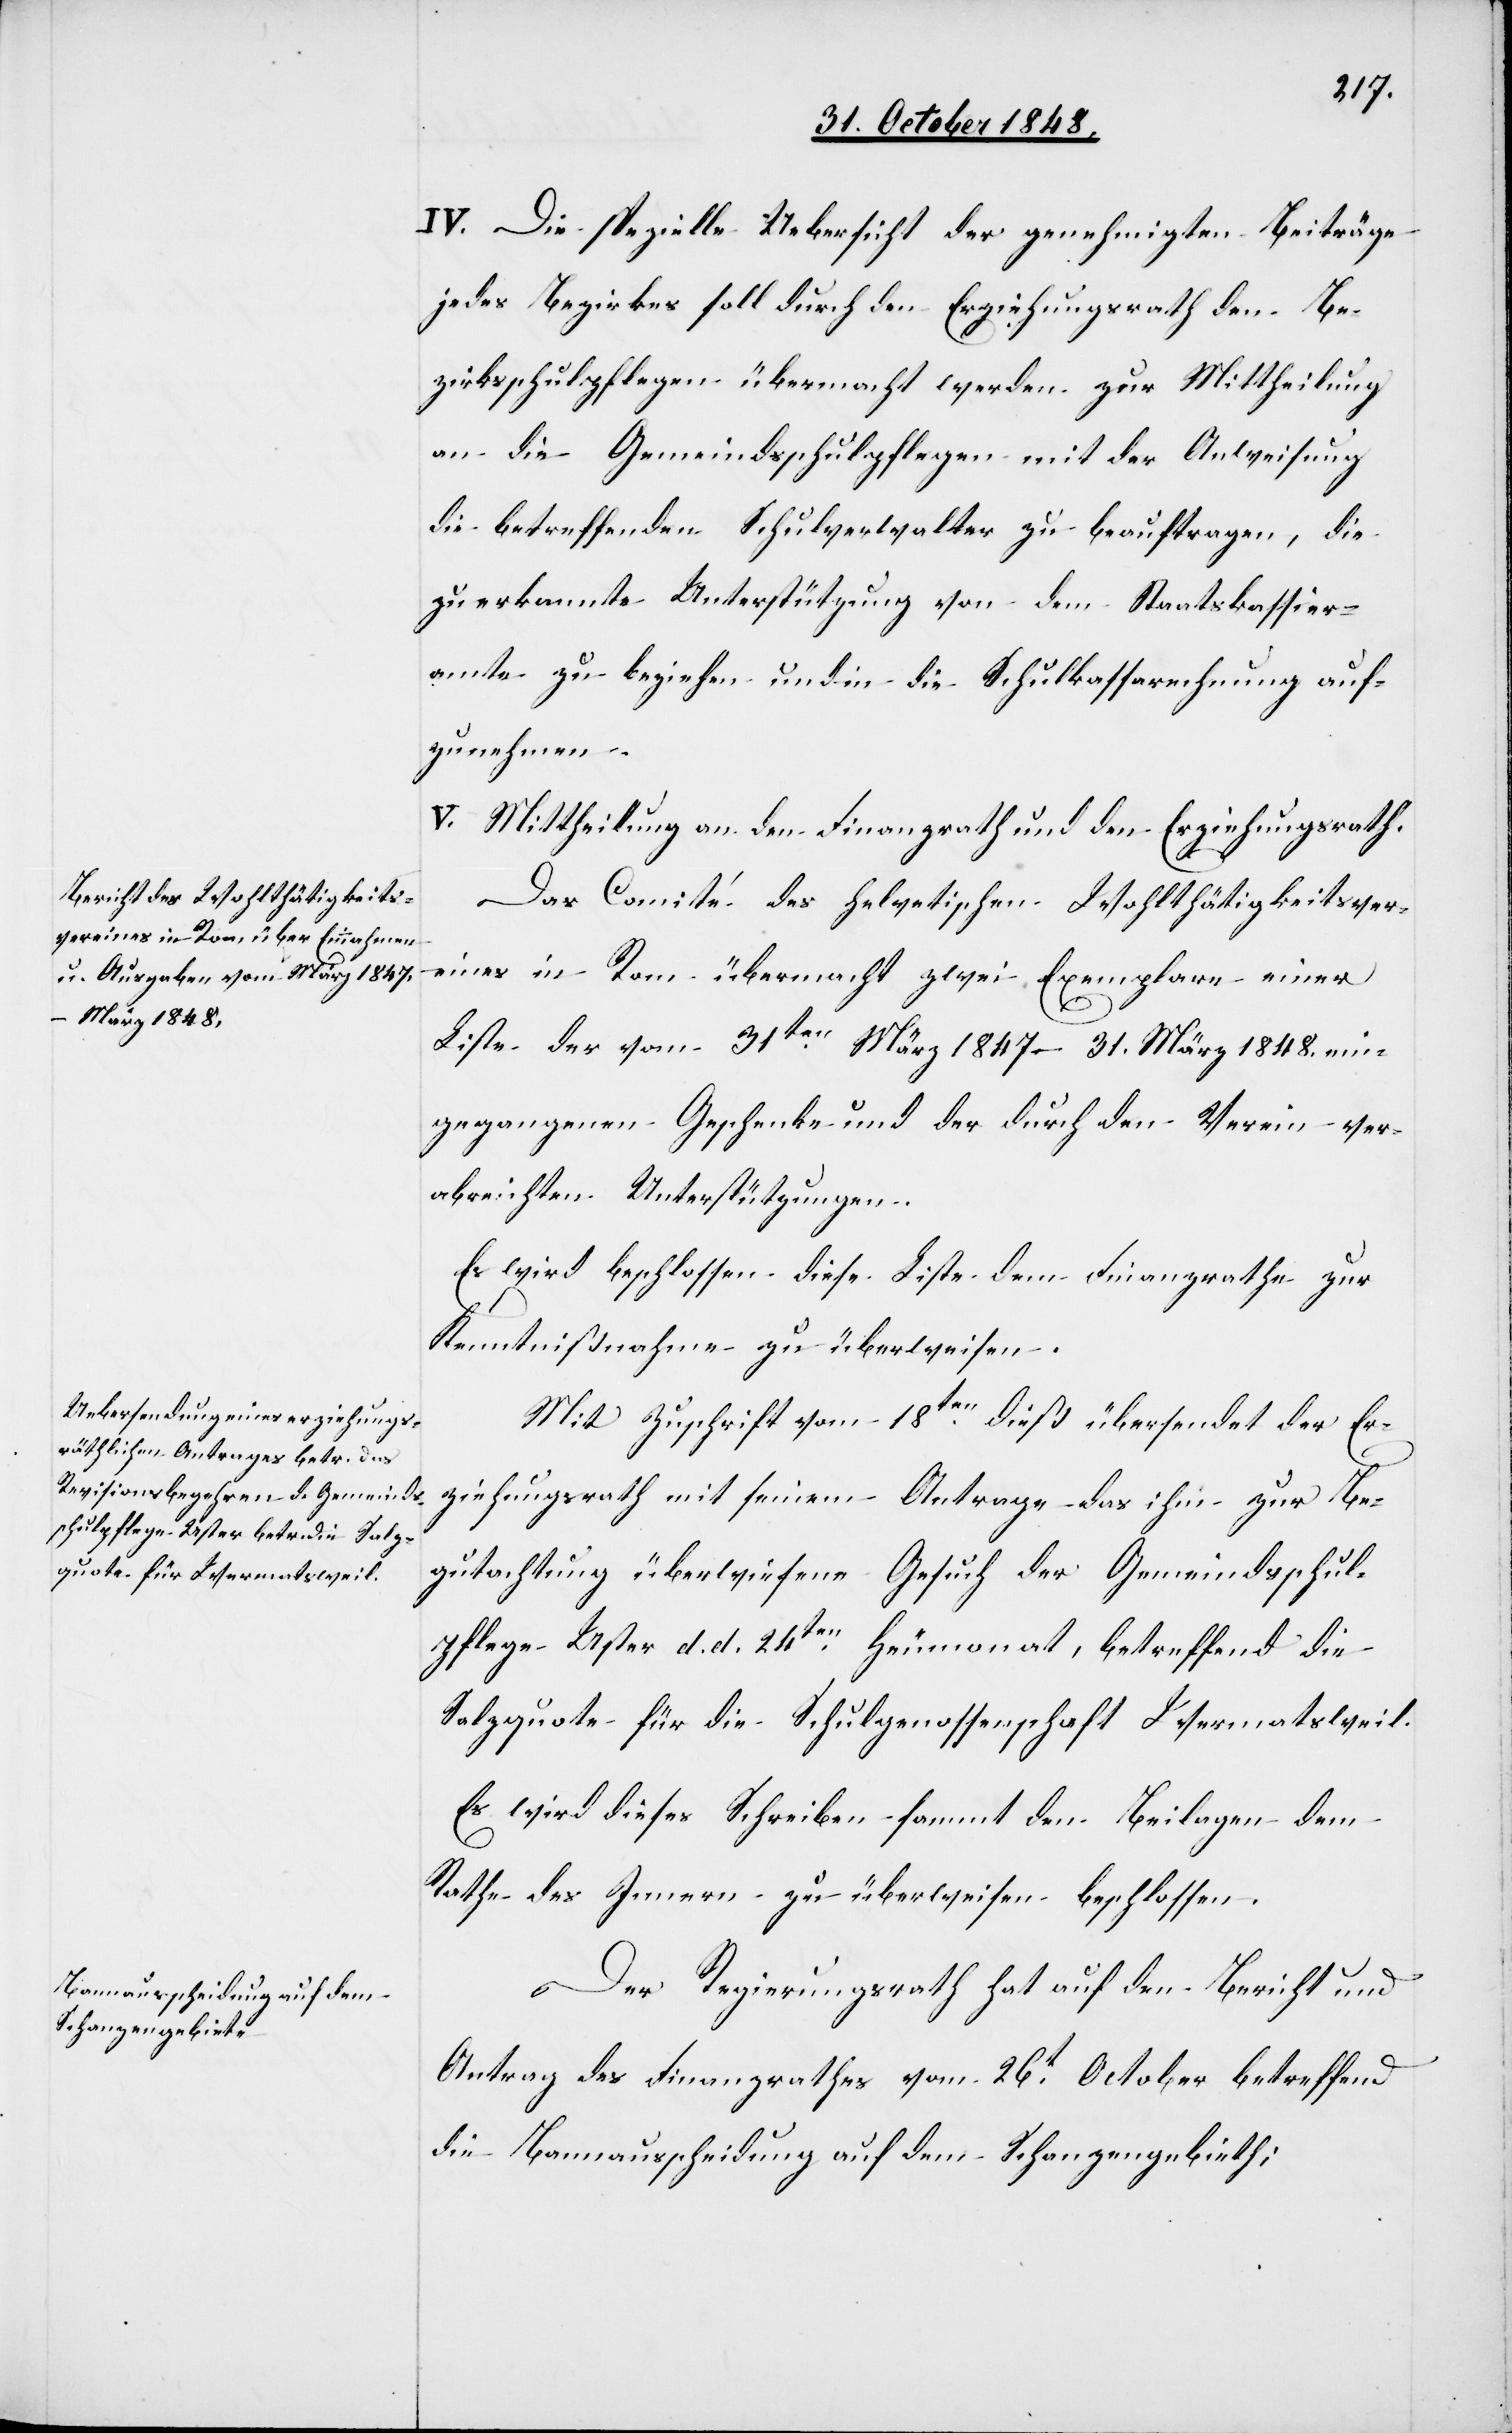
IV. Die spezielle Uebersicht der genehmigten Beiträge
jedes Bezirkes soll durch den Erziehungsrath den Be¬
zirksschulpflegen übermacht werden zur Mittheilung
an die Gemeindschulpflegen mit der Anweisung
die betreffenden Schulverwalter zu beauftragen, die
zu erkannte Unterstützung von dem Staatskassier¬
amte zu beziehen und in die Schulkassarechnung auf¬
zunehmen.
V. Mittheilung an den Finanzrath und den Erziehungsrath.
Das Comité des helvetischen Wohlthätigkeitsver¬
eines in Rom übermacht zwei Exemplare einer
Liste der vom 31ten März 1847 – 31. März 1848. ein¬
gegangenen Geschenke und der durch den Verein ver¬
abreichten Unterstützungen.
Es wird beschlossen diese Liste dem Finanzrathe zur
Kenntnißnahme zu überweisen.
Mit Zuschrift vom 18ten dieß übersendet der Er¬
ziehungsrath mit seinem Antrage das ihm zur Be¬
gutachtung überwiesene Gesuch der Gemeindsschul¬
pflege Uster d. d. 24ten Heumonat, betreffend die
Salzquote für die Schulgenossenschaft Wermatsweil.
Es wird dieses Schreiben sammt den Beilagen dem
Rathe des Innern zu überweisen beschlossen.
Der Regierungsrath hat auf den Bericht und
Antrag des Finanzrathes vom 26t October betreffend
die Bannausscheidung auf dem Schanzengebieth;